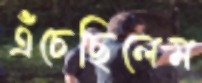
এঁচেছিলেম